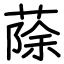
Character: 蒢